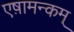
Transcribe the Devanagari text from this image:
एष़ामन्कम्